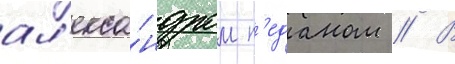
ал'екса́ндром п'еданом // В